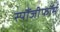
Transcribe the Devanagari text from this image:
स्पौंजीफॉर्म